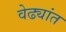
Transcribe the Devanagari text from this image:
वेढ्यांत